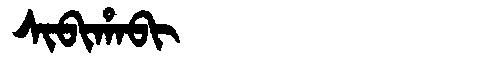
Manchu: ᠰᡳᠪᡳᡥᠠᠪᡳ
Romanization: SIBIHABI